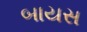
બાયસ